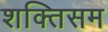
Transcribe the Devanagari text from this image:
शक्तिसम